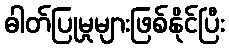
ဓါတ်ပြုမှုများဖြစ်နိုင်ပြီး